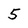
Character: 5